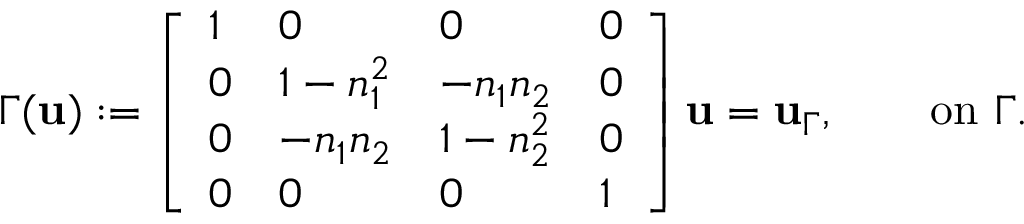
\Gamma ( \mathbf { u } ) : = \left[ \begin{array} { l l l l } { 1 } & { 0 } & { 0 } & { 0 } \\ { 0 } & { 1 - n _ { 1 } ^ { 2 } } & { - n _ { 1 } n _ { 2 } } & { 0 } \\ { 0 } & { - n _ { 1 } n _ { 2 } } & { 1 - n _ { 2 } ^ { 2 } } & { 0 } \\ { 0 } & { 0 } & { 0 } & { 1 } \end{array} \right] \mathbf { u } = \mathbf { u } _ { \Gamma } , \qquad \mathrm { o n } ~ \Gamma .